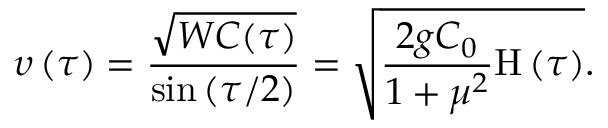
\upsilon \left( \tau \right) = \frac { \sqrt { W C ( \tau ) } } { \sin \left( { \tau / 2 } \right) } = \sqrt { \frac { 2 g C _ { 0 } } { 1 + \mu ^ { 2 } } \mathrm { H } \left( \tau \right) } .